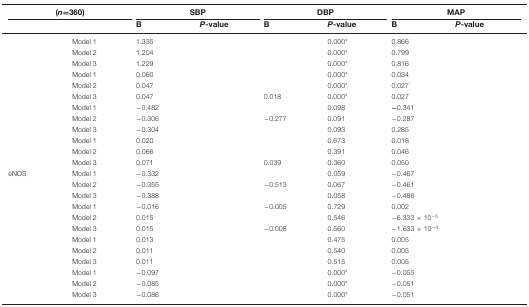
<table><thead><tr><td colspan="2"><b>(<i>n</i>=360)</b></td><td colspan="2"><b>SBP</b></td><td colspan="2"><b>DBP</b></td><td colspan="2"><b>MAP</b></td></tr><tr><td>[EMPTY_CELL]</td><td>[EMPTY_CELL]</td><td><b>B</b></td><td><b><i>P</i>-value</b></td><td><b>B</b></td><td><b><i>P</i>-value</b></td><td><b>B</b></td><td><b><i>P</i>-value</b></td></tr></thead><tbody><tr><td>[EMPTY_CELL]</td><td>Model 1</td><td>1.335</td><td>[EMPTY_CELL]</td><td>[EMPTY_CELL]</td><td>0.000*</td><td>0.866</td><td>[EMPTY_CELL]</td></tr><tr><td>[EMPTY_CELL]</td><td>Model 2</td><td>1.204</td><td>[EMPTY_CELL]</td><td>[EMPTY_CELL]</td><td>0.000*</td><td>0.799</td><td>[EMPTY_CELL]</td></tr><tr><td>[EMPTY_CELL]</td><td>Model 3</td><td>1.229</td><td>[EMPTY_CELL]</td><td>[EMPTY_CELL]</td><td>0.000*</td><td>0.816</td><td>[EMPTY_CELL]</td></tr><tr><td>[EMPTY_CELL]</td><td>Model 1</td><td>0.060</td><td>[EMPTY_CELL]</td><td>[EMPTY_CELL]</td><td>0.000*</td><td>0.034</td><td>[EMPTY_CELL]</td></tr><tr><td>[EMPTY_CELL]</td><td>Model 2</td><td>0.047</td><td>[EMPTY_CELL]</td><td>[EMPTY_CELL]</td><td>0.000*</td><td>0.027</td><td>[EMPTY_CELL]</td></tr><tr><td>[EMPTY_CELL]</td><td>Model 3</td><td>0.047</td><td>[EMPTY_CELL]</td><td>0.018</td><td>0.000*</td><td>0.027</td><td>[EMPTY_CELL]</td></tr><tr><td>[EMPTY_CELL]</td><td>Model 1</td><td>−0.482</td><td>[EMPTY_CELL]</td><td>[EMPTY_CELL]</td><td>0.098</td><td><b>−</b>0.341</td><td>[EMPTY_CELL]</td></tr><tr><td>[EMPTY_CELL]</td><td>Model 2</td><td>−0.306</td><td>[EMPTY_CELL]</td><td>−0.277</td><td>0.091</td><td>−0.287</td><td>[EMPTY_CELL]</td></tr><tr><td>[EMPTY_CELL]</td><td>Model 3</td><td>−0.304</td><td>[EMPTY_CELL]</td><td>[EMPTY_CELL]</td><td>0.093</td><td>0.285</td><td>[EMPTY_CELL]</td></tr><tr><td>[EMPTY_CELL]</td><td>Model 1</td><td>0.020</td><td>[EMPTY_CELL]</td><td>[EMPTY_CELL]</td><td>0.673</td><td>0.018</td><td>[EMPTY_CELL]</td></tr><tr><td>[EMPTY_CELL]</td><td>Model 2</td><td>0.066</td><td>[EMPTY_CELL]</td><td>[EMPTY_CELL]</td><td>0.391</td><td>0.046</td><td>[EMPTY_CELL]</td></tr><tr><td>[EMPTY_CELL]</td><td>Model 3</td><td>0.071</td><td>[EMPTY_CELL]</td><td>0.039</td><td>0.360</td><td>0.050</td><td>[EMPTY_CELL]</td></tr><tr><td>eNOS</td><td>Model 1</td><td>−0.332</td><td>[EMPTY_CELL]</td><td>[EMPTY_CELL]</td><td>0.059</td><td>−0.467</td><td>[EMPTY_CELL]</td></tr><tr><td>[EMPTY_CELL]</td><td>Model 2</td><td>−0.355</td><td>[EMPTY_CELL]</td><td>−0.513</td><td>0.067</td><td>−0.461</td><td>[EMPTY_CELL]</td></tr><tr><td>[EMPTY_CELL]</td><td>Model 3</td><td>−0.388</td><td>[EMPTY_CELL]</td><td>[EMPTY_CELL]</td><td>0.058</td><td>−0.486</td><td>[EMPTY_CELL]</td></tr><tr><td>[EMPTY_CELL]</td><td>Model 1</td><td>−0.016</td><td>[EMPTY_CELL]</td><td>−0.005</td><td>0.729</td><td>0.002</td><td>[EMPTY_CELL]</td></tr><tr><td>[EMPTY_CELL]</td><td>Model 2</td><td>0.015</td><td>[EMPTY_CELL]</td><td>[EMPTY_CELL]</td><td>0.546</td><td>−6.333 × 10<sup>−5</sup></td><td>[EMPTY_CELL]</td></tr><tr><td>[EMPTY_CELL]</td><td>Model 3</td><td>0.015</td><td>[EMPTY_CELL]</td><td>−0.008</td><td>0.560</td><td>−1.633 × 10<sup>−4</sup></td><td>[EMPTY_CELL]</td></tr><tr><td>[EMPTY_CELL]</td><td>Model 1</td><td>0.013</td><td>[EMPTY_CELL]</td><td>[EMPTY_CELL]</td><td>0.475</td><td>0.005</td><td>[EMPTY_CELL]</td></tr><tr><td>[EMPTY_CELL]</td><td>Model 2</td><td>0.011</td><td>[EMPTY_CELL]</td><td>[EMPTY_CELL]</td><td>0.540</td><td>0.005</td><td>[EMPTY_CELL]</td></tr><tr><td>[EMPTY_CELL]</td><td>Model 3</td><td>0.011</td><td>[EMPTY_CELL]</td><td>[EMPTY_CELL]</td><td>0.515</td><td>0.005</td><td>[EMPTY_CELL]</td></tr><tr><td>[EMPTY_CELL]</td><td>Model 1</td><td>−0.097</td><td>[EMPTY_CELL]</td><td>[EMPTY_CELL]</td><td>0.000*</td><td>−0.055</td><td>[EMPTY_CELL]</td></tr><tr><td>[EMPTY_CELL]</td><td>Model 2</td><td>−0.085</td><td>[EMPTY_CELL]</td><td>[EMPTY_CELL]</td><td>0.000*</td><td>−0.051</td><td>[EMPTY_CELL]</td></tr><tr><td>[EMPTY_CELL]</td><td>Model 3</td><td>−0.086</td><td>[EMPTY_CELL]</td><td>[EMPTY_CELL]</td><td>0.000*</td><td>−0.051</td><td>[EMPTY_CELL]</td></tr></tbody></table>